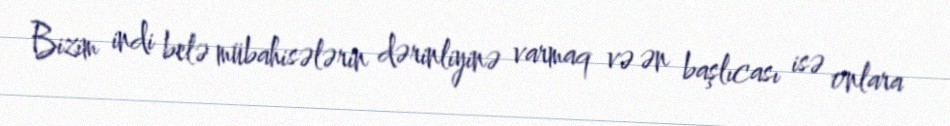
Bizim indi belə mübahisələrin dərinliyinə varmaq və ən başlıcası isə onlara